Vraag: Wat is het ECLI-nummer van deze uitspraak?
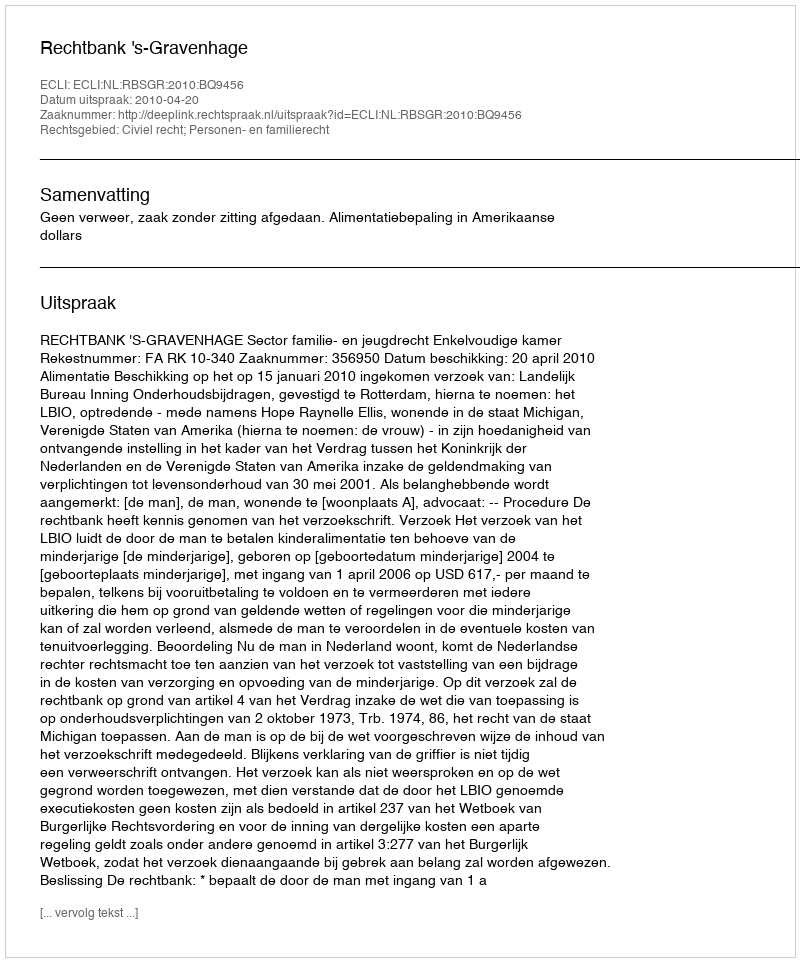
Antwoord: ECLI:NL:RBSGR:2010:BQ9456